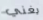
يغني